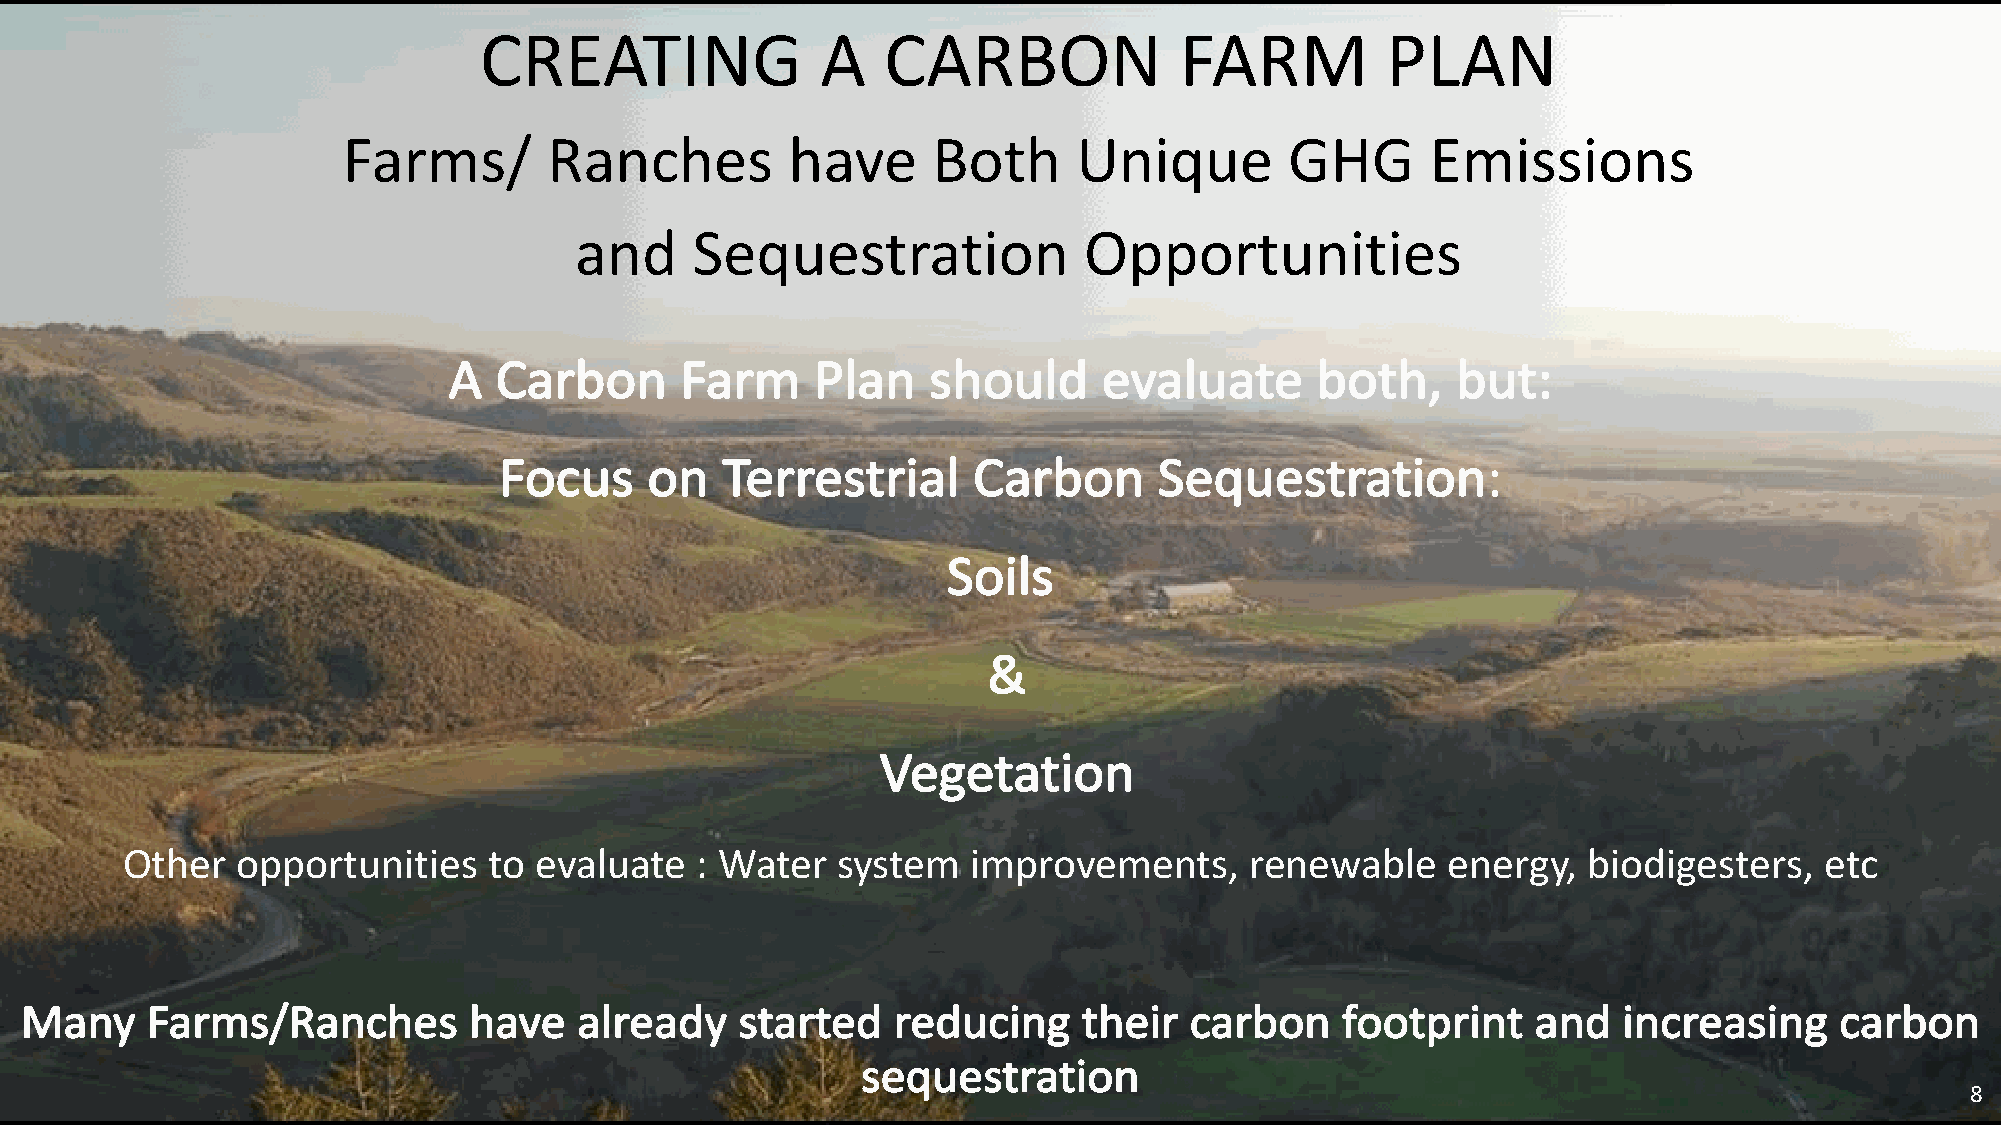
CREATING              A    CARBON             FARM          PLAN
 Farms/       Ranches         have      Both     Unique        GHG       Emissions
 and     Sequestration             Opportunities
 A  Carbon      Farm     Plan   should      evaluate      both,    but:
 Focus     on   Terrestrial     Carbon       Sequestration:
 Soils
 &
 Vegetation
 Other   opportunities   to evaluate   : Water  system   improvements,      renewable    energy,  biodigesters,   etc
 Many     Farms/Ranches        have   already    started   reducing     their  carbon    footprint    and  increasing     carbon
 sequestration
 8